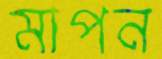
মাপন